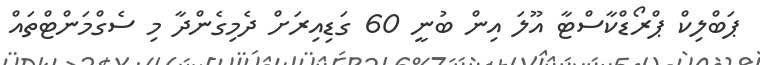
ޕަބްލިކް ޕްރޯޑްކާސްޓާ އޫލަ އިން ބުނީ 60 ގަޑިއިރަށް ދެމިގެންދާ މި ސެގްމަންޓްތައް